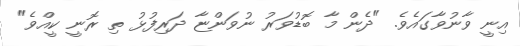
އިނީ ވާނުވާގައެވެ. "ދެން މާ ބޮޑުވަރު ނުވަންޏާ ދަރިފުޅު ތި ރޮނީ ކީއްވެ"